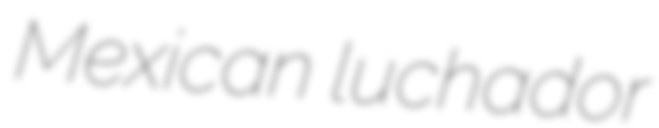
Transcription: Mexican luchador